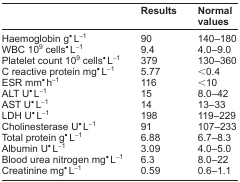
<table><thead><tr><td></td><td><b>Results</b></td><td><b>Normal values</b></td></tr></thead><tbody><tr><td>Haemoglobin g<sup>•</sup> L<sup>−1</sup></td><td>90</td><td>140–180</td></tr><tr><td>WBC 10<sup>9</sup> cells<sup>•</sup> L<sup>−1</sup></td><td>9.4</td><td>4.0–9.0</td></tr><tr><td>Platelet count 10<sup>9</sup> cells<sup>•</sup> L<sup>−1</sup></td><td>379</td><td>130–360</td></tr><tr><td>C reactive protein mg<sup>•</sup> L<sup>−1</sup></td><td>5.77</td><td>&lt;0.4</td></tr><tr><td>ESR mm<sup>•</sup> h<sup>−1</sup></td><td>116</td><td>&lt;10</td></tr><tr><td>ALT U<sup>•</sup> L<sup>−1</sup></td><td>15</td><td>8.0–42</td></tr><tr><td>AST U<sup>•</sup> L<sup>−1</sup></td><td>14</td><td>13–33</td></tr><tr><td>LDH U<sup>•</sup> L<sup>−1</sup></td><td>198</td><td>119–229</td></tr><tr><td>Cholinesterase U<sup>•</sup> L<sup>−1</sup></td><td>91</td><td>107–233</td></tr><tr><td>Total protein g<sup>•</sup> L<sup>−1</sup></td><td>6.88</td><td>6.7–8.3</td></tr><tr><td>Albumin U<sup>•</sup> L<sup>−1</sup></td><td>3.09</td><td>4.0–5.0</td></tr><tr><td>Blood urea nitrogen mg<sup>•</sup> L<sup>−1</sup></td><td>6.3</td><td>8.0–22</td></tr><tr><td>Creatinine mg<sup>•</sup> L<sup>−1</sup></td><td>0.59</td><td>0.6–1.1</td></tr></tbody></table>